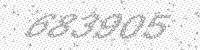
Solution: 683905